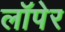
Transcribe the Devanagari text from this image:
लॉपेर